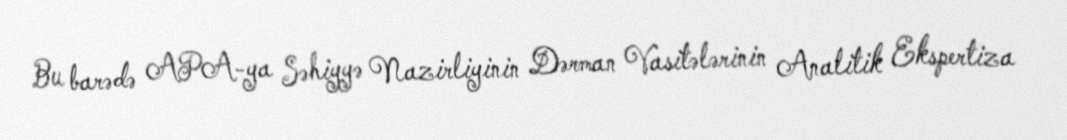
Bu barədə APA-ya Səhiyyə Nazirliyinin Dərman Vasitələrinin Analitik Ekspertiza